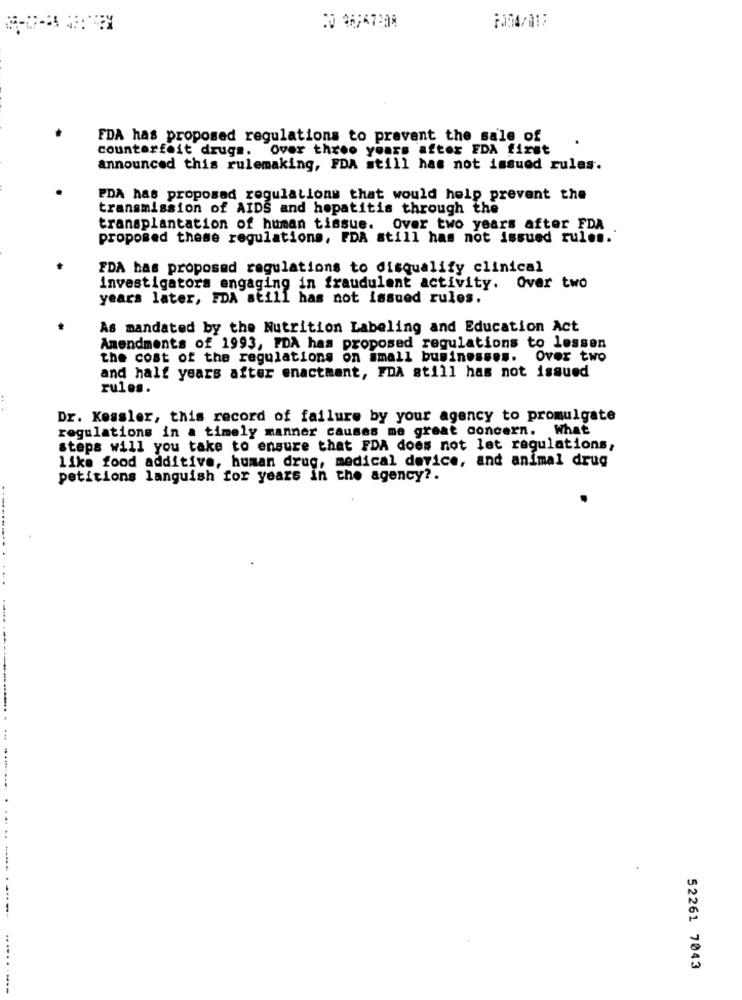
FDA has proposed regulations to prevent the sale of
counterfeit drugs. Over three years after EDA first
announced this rulemaking, FDA still has not issued rules.
PDA has proposed regulations that would help prevent the
transmission of AIDS and hepatitis through the
transplantation of human tissue. Over two years after FDA
proposed these regulations, FDA still has not issued rules.
FDA has proposed regulations to disqualify clinical
investigators engaging in fraudulent activity. Over two
years later, FDA still has not issued rules.
As mandated by the Nutrition Labeling and Education Act
Amendments of 1993, FDA has proposed regulations to lessen
the cost of the regulations on small businesses. Over two
and half years after enactment, FDA still has not issued
rules.
Dr. Kessler, this record of failure by your agency to promulgate
regulations in a timely manner causes me great concern. What
steps will you take to ensure that FDA does not let regulations,
like food additive, human drug, medical device, and animal drug
petitions languish for years in the agency ?.
. .....
52261 7043
..........